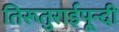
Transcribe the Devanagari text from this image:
तिरूतुराईपून्दी